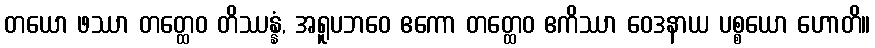
တယော ဖဿာ တတ္ထေဝ တိဿန္နံ, အရူပဘဝေ ဧကော တတ္ထေဝ ဧကိဿာ ဝေဒနာယ ပစ္စယော ဟောတိ။